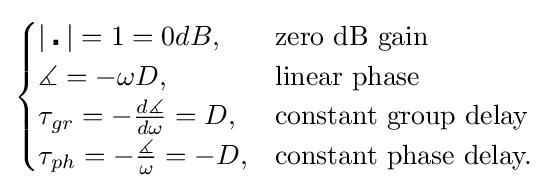
{\begin{cases}|\centerdot |=1=0dB,&{\text{zero dB gain}}\\\measuredangle =-\omega D,&{\text{linear phase}}\\\tau _{gr}=-{d\measuredangle  \over {d\omega }}=D,&{\text{constant group delay}}\\\tau _{ph}=-{\measuredangle  \over {\omega }}=-D,&{\text{constant phase delay.}}\end{cases}}